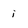
Character: i